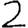
Digit: 2